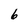
Character: 6